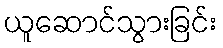
ယူဆောင်သွားခြင်း